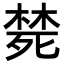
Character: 𭮜